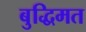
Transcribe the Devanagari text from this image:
बुद्धिमत